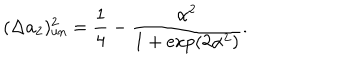
LaTeX: ( \Delta a _ { 2 } ) _ { \mathrm { u n } } ^ { 2 } = \frac { 1 } { 4 } - \frac { \alpha ^ { 2 } } { 1 + \exp ( 2 \alpha ^ { 2 } ) } .